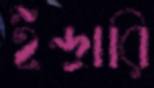
ইন্দ্রারি